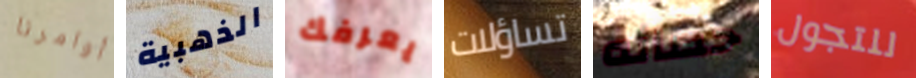
أوامرنا الذهبية يعرفك تساؤلات حصانه للتجول